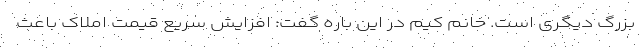
بزرگ دیگری است. خانم کیم در این باره گفت: افزایش سریع قیمت املاک باعث